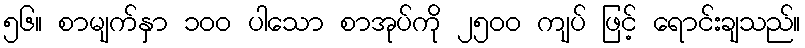
၅၆။ စာမျက်နှာ ၁၀၀ ပါသော စာအုပ်ကို ၂၅၀၀ ကျပ် ဖြင့် ရောင်းချသည်။